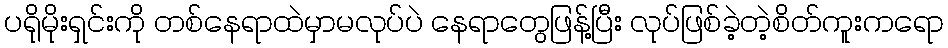
ပရိုမိုးရှင်းကို တစ်နေရာထဲမှာမလုပ်ပဲ နေရာတွေဖြန့်ပြီး လုပ်ဖြစ်ခဲ့တဲ့စိတ်ကူးကရော